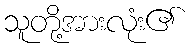
သူတို့အားလုံး၏